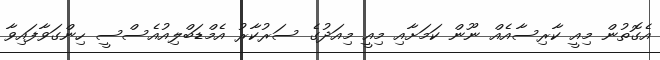
އެގޮތުން މިއީ ކާރިސާއެއް ނޫން ކަމަށާއި މިއީ މިއަދުގެ ސަރުކާރު އެމްޑަބްލިއުއެސްސީ ހިންގަވާފައިވާ